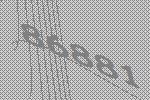
86881